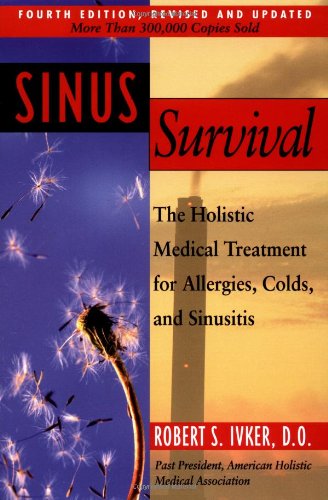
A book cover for Sinus Survival: The Holistic Medical Treatment for Allergies, Colds, and Sinusitis; Robert S. Ivker; Health, Fitness & Dieting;